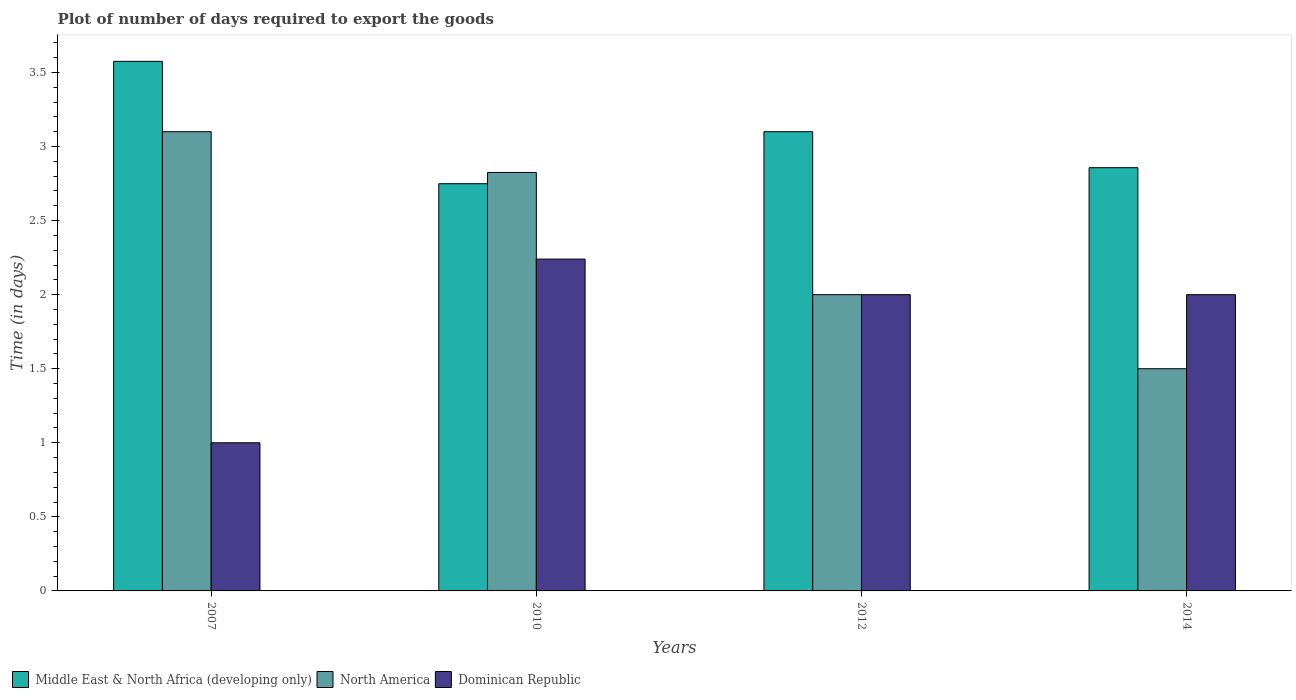
| Years | Middle East & North Africa (developing only) | North America | Dominican Republic |
 | --- | --- | --- | --- |
 | 2007 | 3.58 | 3.1 | 1 |
 | 2010 | 2.75 | 2.83 | 2.24 |
 | 2012 | 3.1 | 2 | 2 |
 | 2014 | 2.86 | 1.5 | 2 |